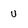
Character: U